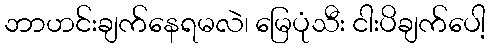
ဘာဟင်းချက်နေရမလဲ၊ မြေပုံသီး ငါးပိချက်ပေါ့